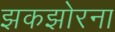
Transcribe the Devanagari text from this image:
झकझोरना